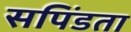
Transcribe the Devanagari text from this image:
सपिंडता